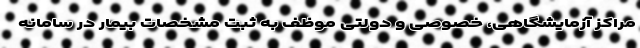
مراکز آزمایشگاهی، خصوصی و دولتی موظف به ثبت مشخصات بیمار در سامانه